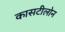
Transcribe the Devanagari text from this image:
कासटीलोन